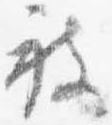
被